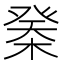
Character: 𣔽